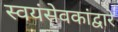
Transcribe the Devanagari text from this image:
स्वयंसेवकांद्वारे